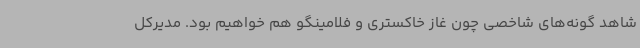
شاهد گونه‌های شاخصی چون غاز خاکستری و فلامینگو هم خواهیم بود. مدیرکل